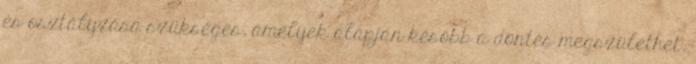
és osztályzása szükséges, amelyek alapján később a döntés megszülethet,